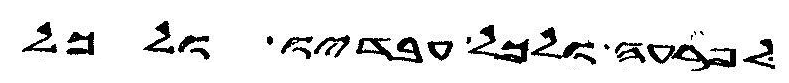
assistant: לפרעה ולכל עבדיו ולכל